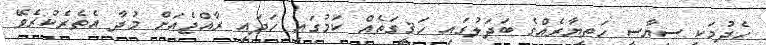
ހެދުމަކީ ސިޔާސީ ހަތިޔާރެއްގެ ބަދަލުގައި ހަޤީގަތެއް ކަމުގައި ހަދައި ރާއްޖެއަށް މުދާ އެތެރެކުރެވޭ